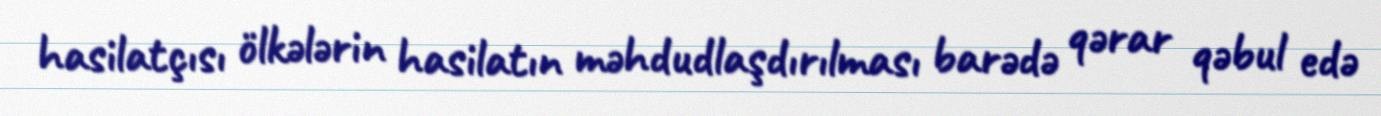
hasilatçısı ölkələrin hasilatın məhdudlaşdırılması barədə qərar qəbul edə